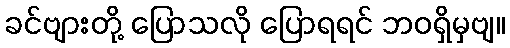
ခင်ဗျားတို့ ပြောသလို ပြောရရင် ဘဝရှိမှဗျ။